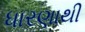
ધારણાથી